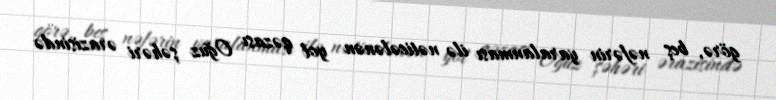
görə, beş nəfərin yaralanması ilə nəticələnən yol qəzası Oğuz şəhəri ərazisində